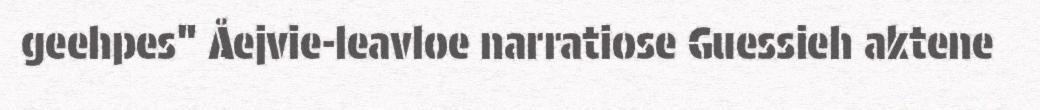
geehpes" Åejvie-leavloe narratiose Guessieh aktene